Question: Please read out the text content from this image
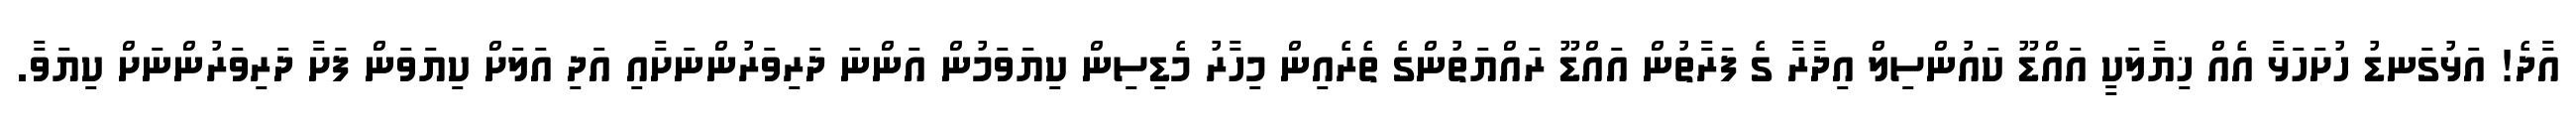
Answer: އާދެ! އަޅުގަނޑު ހުށަހަޅާ އެއް ޚިޔާލަކީ އައްޑޫ ކައުންސިލް އިދާރާ ގެ ފަރާތުން އައްޑޫ ރައްޔަތުންގެ ތެރެއިން މިހާރު މެޑިސިން ކިޔަވަމުން އަންނަ ދަރިވަރުންނަށާއި އަދި އަލަށް ކިޔަވަން ފަށާ ދަރިވަރުންނަށް ކިޔަވާ.